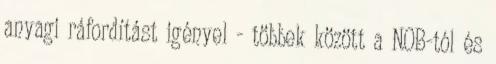
anyagi ráfordítást igényel - többek között a NOB-tól és